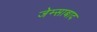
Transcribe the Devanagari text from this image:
जेम्साबाद